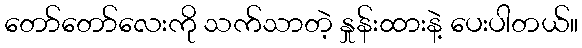
တော်တော်လေးကို သက်သာတဲ့ နှုန်းထားနဲ့ ပေးပါတယ်။